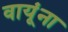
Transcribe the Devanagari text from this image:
वायूंना